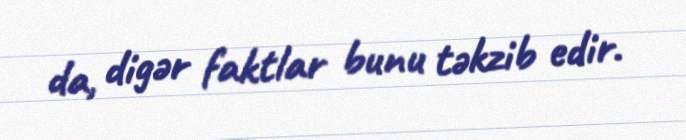
da, digər faktlar bunu təkzib edir.